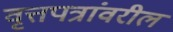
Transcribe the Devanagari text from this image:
वृत्तपत्रांवरील